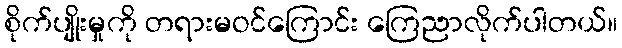
စိုက်ပျိုးမှုကို တရားမဝင်ကြောင်း ကြေညာလိုက်ပါတယ်။